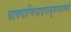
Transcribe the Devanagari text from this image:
वाक्पाणिपादपायूपस्थात्मने